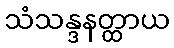
သံသန္ဒနတ္ထာယ